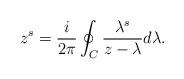
LaTeX: \begin{align*}z^s=\frac{i}{2\pi}\oint_C \frac{\lambda^s}{z-\lambda}d\lambda.\end{align*}